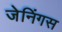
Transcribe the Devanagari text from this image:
जेनिंगस